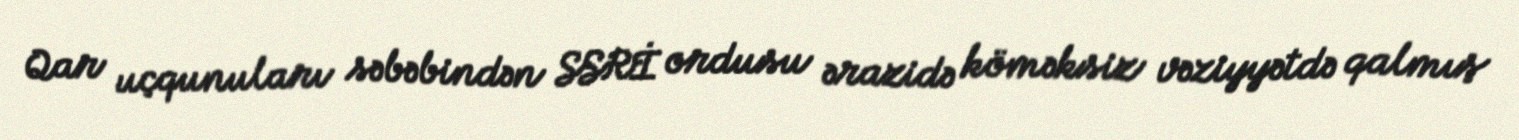
Qar uçqunuları səbəbindən SSRİ ordusu ərazidə köməksiz vəziyyətdə qalmış